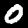
Label: 0